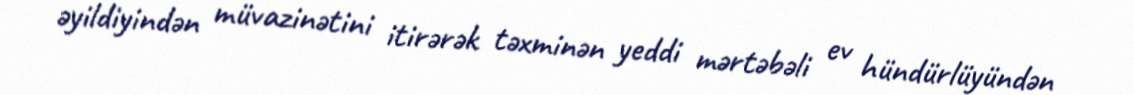
əyildiyindən müvazinətini itirərək təxminən yeddi mərtəbəli ev hündürlüyündən